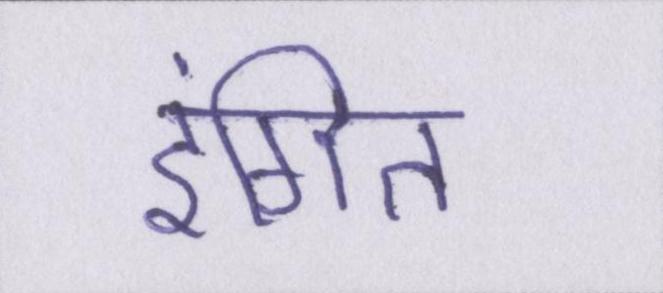
इंगित